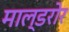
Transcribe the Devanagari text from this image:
माल्डरोर